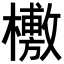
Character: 𣞒